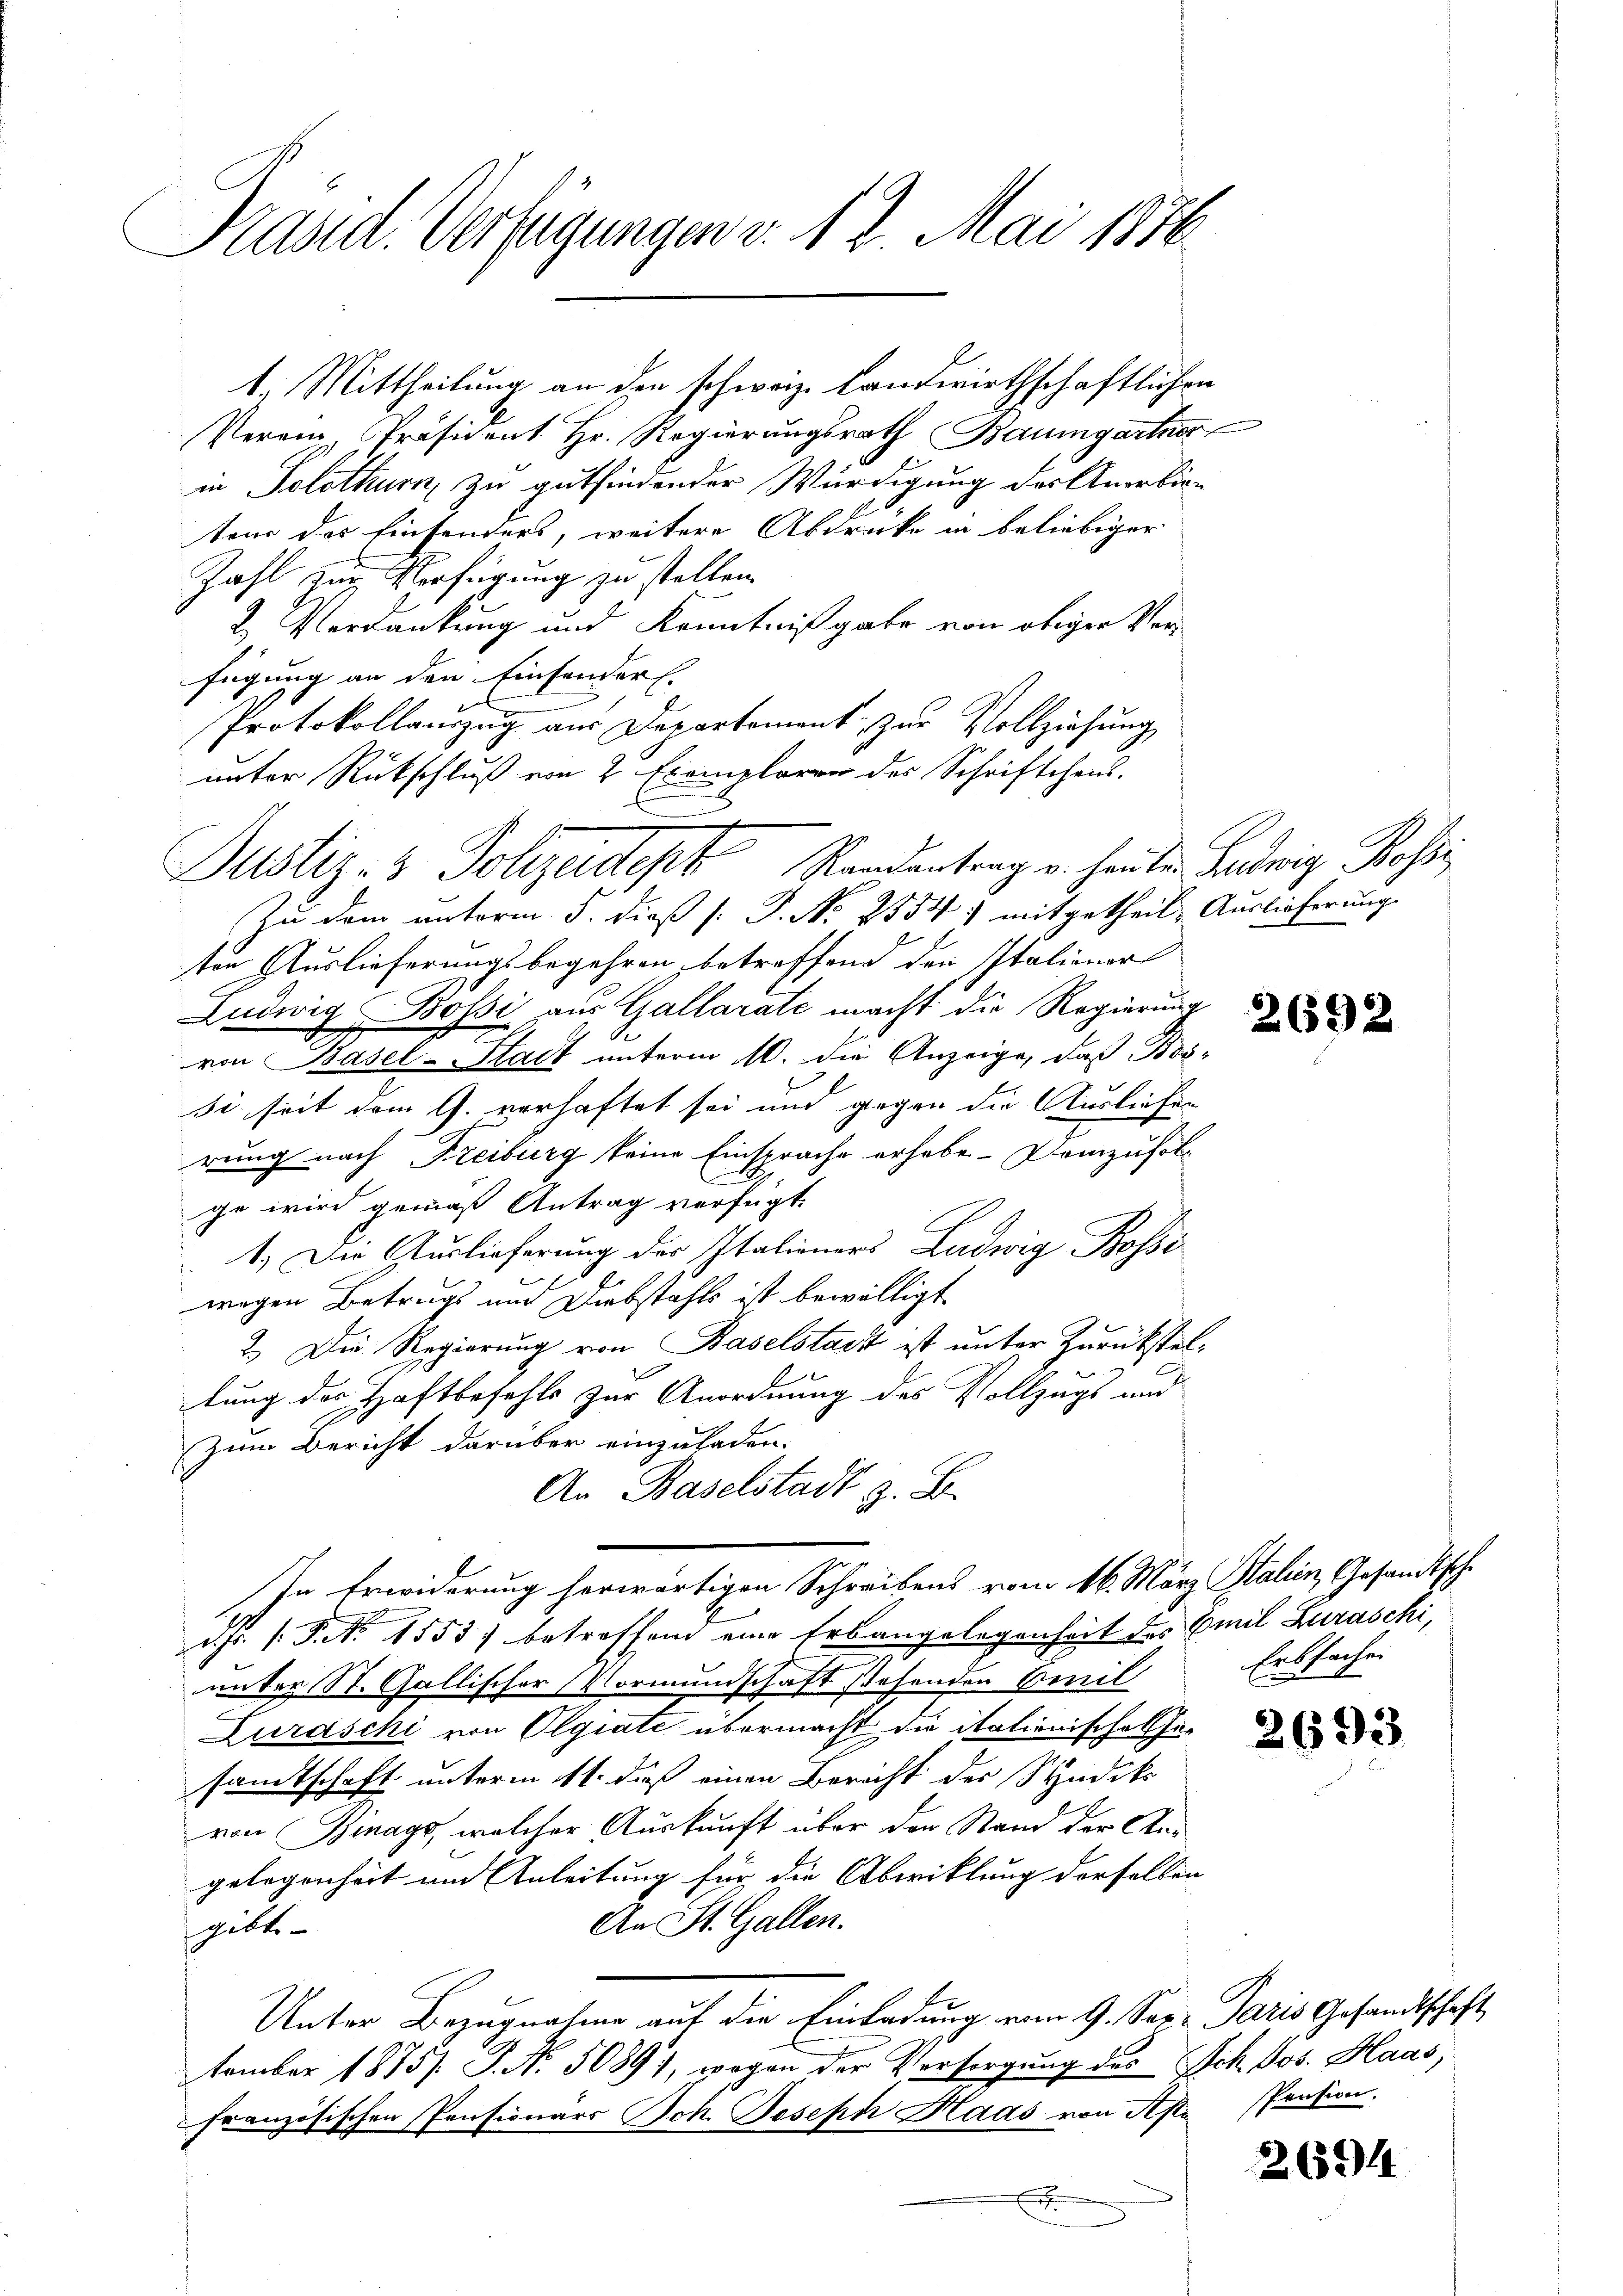
Präsid. Verfügungen v. 12. Mai 1876.

1. Mittheilung an den schweiz. Landwirthschaftlichen
Perenz, Präsident. Hr. Regierungsrath Baumgartner
in Solothurn zu gutfindender Würdigung des Anerbien
teur der Einsenders, weitere Abdrücke in beliebiger
Zahl zur Verfügung zu stellen.
2. Verdankung und Kenntnißgabe von obiger Verfügung an den Einsonders.
Protokollauszug aus Departement zur Vollziehung
unter Rückschluß von 2 Exemplaren des Schriftchens-
Zu dem anterm 5. dieß (: P. Nr. 2554) mitgetheile Auslieferung.
ten Auslieferungsbegehren betreffend den Italiener
Ludwig Bossi aus Gallarate macht die Regierung
von Basel-Stadt unterm 10. die Anzeige, daß Bos-
si. seit dem G. verhaftet sei und gegen die Ausliefen
rung nach Freiburg keine Einsprache erhabe. Demzufolge wird gemäß Antrag verfügt:
1.) Die Auslieferung der Italieners Ludwig Bossi
wegen Betrugs und Diebstahls ist bewilligt
2.) Die Regierung von Baselstacht ist unter Zurückstel-
lung des Haftbefehls zur Anordnung des Vollzugs und
zum Bericht darüber einzuladen.
An Baselstadt z. B.
In Erwiderung herwärtigen Schreibens vom 16. März Stalien, Gesandtsche
Chr. P. Nr. 1553) betreffend eine Erbangelegenheit des Emil Zuraschi,
E
unter St. Gallischer Vormundschaft stehenden Beeil
Luraschi von Olgrate übermacht die italienische In
samtschaft unterm 11. daß einen Bericht des Studik
von Binags, welcher Auskunft über den Stand der Angelegenheit und Anleitung für die Abwicklung derselben
An St. Gallen.
gibt
Unter Bezugnahme auf die Einladung vom 9. Sep. Paris Gesandtschaft
tember 1875. P. Nr. 5089), wegen der Versorgung des Sch. Jos. Haas,
französischen Pensionars Ich. Joseph Haas von Apr Pension.
s
.

Justiz- & Polizeidept Randantrag u. heute Ludwig Rosse

269

Erbsachen

694